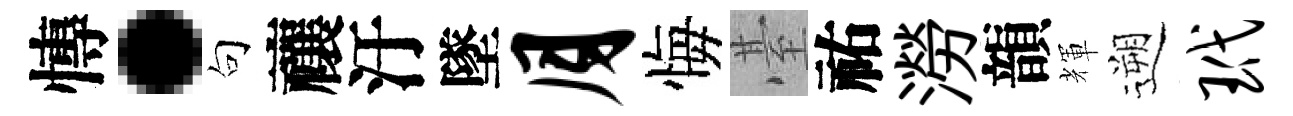
慱·句禳汙墜月悔䑓祐澇韻輝遡玳